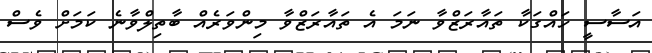
އަސާސީ ހައްގަކާ ތައާރަޒްވާ ނަމަ އެ ތައާރަޒްވާ މިންވަރެއް ބާތިލްވާނެ ކަމަށް ވެސް